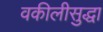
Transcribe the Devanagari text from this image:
वकीलीसुद्धा